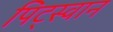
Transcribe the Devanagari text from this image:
पिट्स्वान